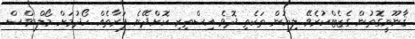
ޤާނޫނީގޮތުން ގެޒެޓްކުރެވޭ ލިޔުން ތަކެތި ދޮވެ އިސްތިރި ކޮށްދޭނެ ފަރާތެއް ހޯދުމަށް މޯލްޑިވްސް